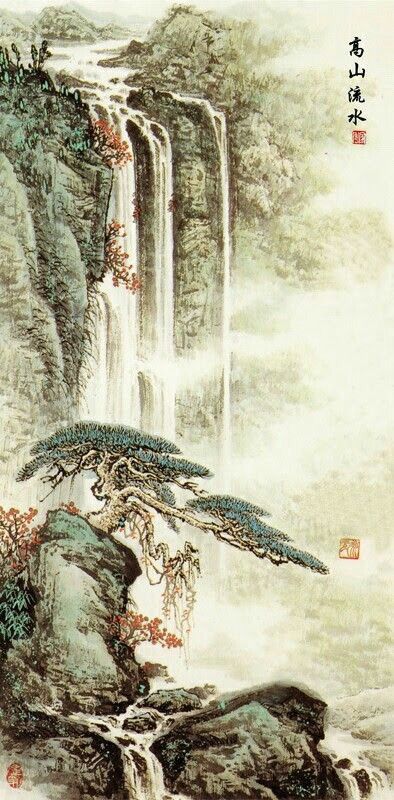
故国神游，多情应笑我，早生华发。